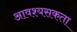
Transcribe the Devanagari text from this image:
आवश्यसकता